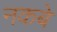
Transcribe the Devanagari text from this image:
नकबे